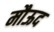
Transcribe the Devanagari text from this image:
मौऊद